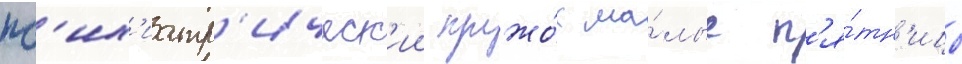
пс'их'иатр'ическ'ии кружо́к ма́лые п'я́тн'ицы